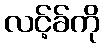
လင့်ခ်ကို